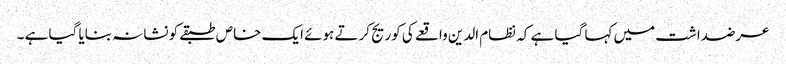
عرضداشت میں کہا گیا ہے کہ نظام الدین واقعے کی کوریج کرتے ہوئے ایک خاص طبقےکو نشانہ بنایا گیا ہے ۔